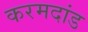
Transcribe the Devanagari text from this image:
करमदांड